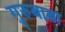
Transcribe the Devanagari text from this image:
गुरुबाबा